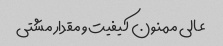
عالی ممنون کیفیت و مقدار مشتی